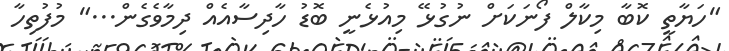
"ހަޔާތީ ކޮބާ މިކާލް ފޯނަކަށް ނުގުޅޭ މިއުޅެނީ ބޮޑު ހާދިސާއެއް ދިމާވެގެން..." މުފުތިހާ